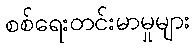
စစ်ရေးတင်းမာမှုများ